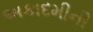
અકાદમીની